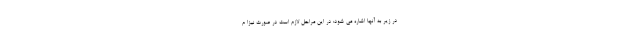
در زیر به آنها اشاره می شود: در این مراحل لازم است در صورت نیزا م